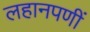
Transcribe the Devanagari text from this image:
लहानपणीं